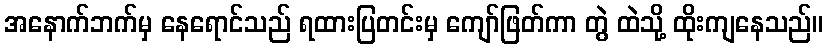
အနောက်ဘက်မှ နေရောင်သည် ရထားပြတင်းမှ ကျော်ဖြတ်ကာ တွဲ ထဲသို့ ထိုးကျနေသည်။